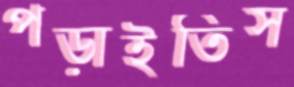
পড়াইতিস